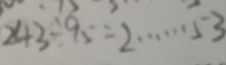
2 4 3 \div 9 5 = 2 \cdots 5 3